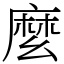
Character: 麼